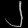
Digit: ၂